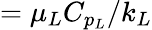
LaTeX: =\mu_{L}C_{p_{L}}/k_{L}